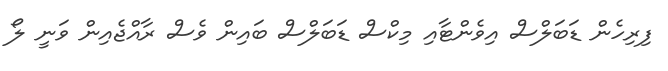
ފިރިހެން ޑަބަލްސް އިވެންޓާއި މިކްސް ޑަބަލްސް ބައިން ވެސް ރާއްޖެއިން ވަނީ ލޯ